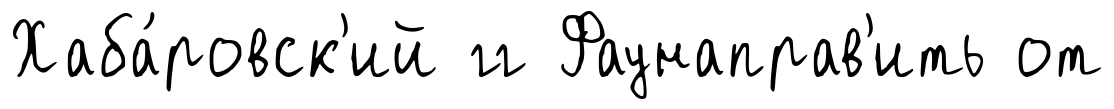
Хаба́ровск'ий гг Фаунаправ'ить от